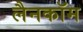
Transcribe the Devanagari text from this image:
लैनकॉम